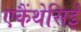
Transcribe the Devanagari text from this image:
एकैंथेसिई